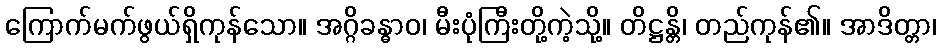
ကြောက်မက်ဖွယ်ရှိကုန်သော။ အဂ္ဂိခန္ဓာဝ၊ မီးပုံကြီးတို့ကဲ့သို့။ တိဋ္ဌန္တိ၊ တည်ကုန်၏။ အာဒိတ္တာ၊